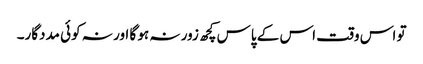
تو اس وقت اس کے پاس کچھ زور نہ ہو گا اور نہ کوئی مددگار۔